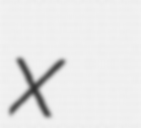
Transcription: x